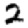
Digit: 2